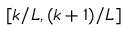
[ k / L , ( k + 1 ) / L ]